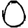
Digit: 0